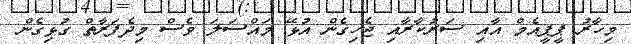
މިހާރު ޕީޕީއެމް އާއި ސަރުކާރާއި ޖެހިގެން އުޅޭ މައްސަލަ ވެސް މިދެފަރާތް ގުޅިގެން